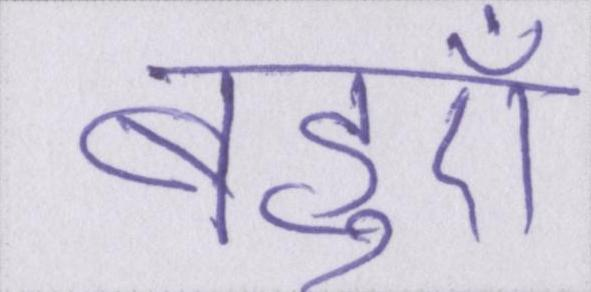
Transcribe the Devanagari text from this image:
बहुएँ